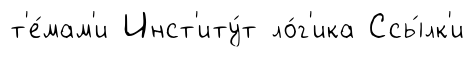
т'е́мам'и Инст'иту́т ло́г'ика Ссы́лк'и